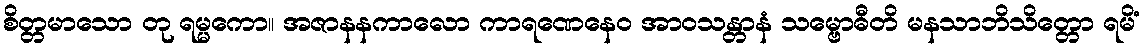
စိတ္တမာသော တု ရမ္မကော။ အဇာနနကာလော ကာရဏေနေဝ အာဝသန္တာနံ သမ္ဗောဓီတိ မနသာဘိသိတ္တော ရမိံ